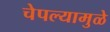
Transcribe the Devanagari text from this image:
चेपल्यामुळे